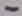
Text: -